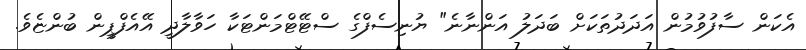
އެކަން ސާފުވުމުން އަދަދުތަކަށް ބަދަލު އަންނާނެ" ޔުނިސެފްގެ ސްޓޭޓްމަންޓަކާ ހަވާލާދީ އޭއެފްޕީން ބުންޏެވެ.